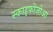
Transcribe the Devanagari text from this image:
स्काइफोज़ोआ